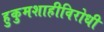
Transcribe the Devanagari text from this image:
हुकुमशाहीविरोधी